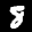
Label: 8